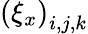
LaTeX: \left(\xi_{x}\right)_{i,j,k}